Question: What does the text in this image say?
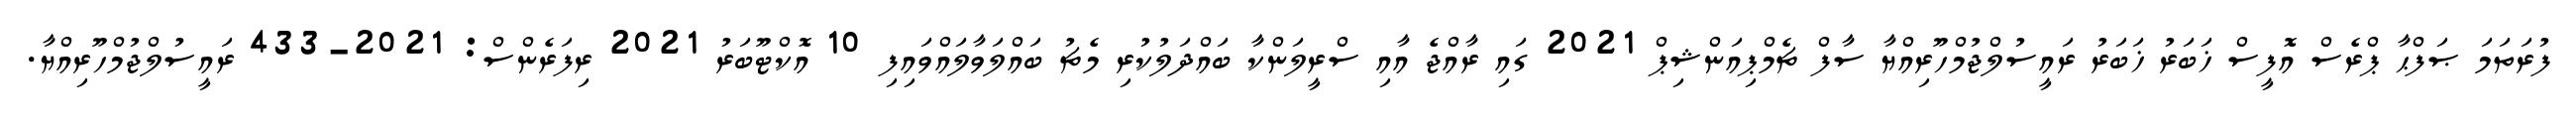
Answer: ފުރަތަމަ ޞަފްޙާ ޕްރެސް އޮފީސް ޚަބަރު ޚަބަރު ރައީސުލްޖުމްހޫރިއްޔާ ސާފް ޗެމްޕިއަންޝިޕް 2021 ގައި ރާއްޖެ އާއި ސްރީލަންކާ ބައްދަލުކުރި މެޗު ބައްލަވާލައްވައިފި 10 އޮކްޓޫބަރު 2021 ރިފަރެންސް: 2021-433 ރައީސުލްޖުމްހޫރިއްޔާ.